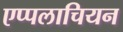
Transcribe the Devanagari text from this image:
एप्पलाचियन